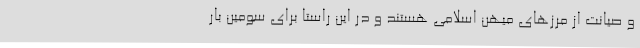
و صیانت از مرزهای میهن اسلامی هستند و در این راستا برای سومین بار